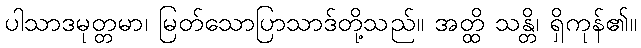
ပါသာဒမုတ္တမာ၊ မြတ်သောပြာသာဒ်တို့သည်။ အတ္ထိ သန္တိ၊ ရှိကုန်၏။